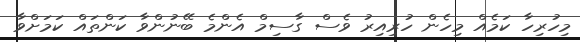
މިހުރިހާ ކަމެއް މިހެން ހުރިއިރު ވެސް ގާސިމް އެންމެ ބޭނުންވާ ކަންތައް ކަމަށްވާ